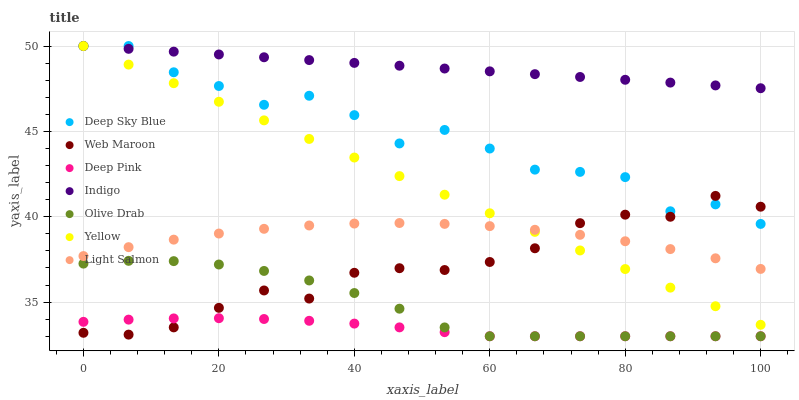
| xaxis_label | Deep Sky Blue | Web Maroon | Deep Pink | Indigo | Olive Drab | Yellow | Light Salmon |
 | --- | --- | --- | --- | --- | --- | --- | --- |
 | 0 | 50 | 33.2 | 33.8 | 50 | 37.3 | 50 | 37.7 |
 | 6.67 | 50 | 33.1 | 34 | 49.8 | 37.4 | 48.9 | 38.2 |
 | 13.3 | 48.5 | 33.5 | 34 | 49.7 | 37.4 | 47.8 | 38.7 |
 | 20 | 47.7 | 34.7 | 34.1 | 49.5 | 37.2 | 46.7 | 39 |
 | 26.7 | 46.6 | 35.7 | 34 | 49.3 | 36.8 | 45.6 | 39.3 |
 | 33.3 | 47.1 | 35.2 | 33.9 | 49.2 | 36.3 | 44.6 | 39.5 |
 | 40 | 46 | 36.7 | 33.7 | 49 | 35.5 | 43.5 | 39.6 |
 | 46.7 | 44.3 | 37 | 33.5 | 48.8 | 34.6 | 42.4 | 39.6 |
 | 53.3 | 45.1 | 36.9 | 33.2 | 48.7 | 33.5 | 41.3 | 39.6 |
 | 60 | 44 | 37.4 | 33 | 48.5 | 33 | 40.2 | 39.4 |
 | 66.7 | 42.8 | 38.2 | 33 | 48.4 | 33 | 39.1 | 39.2 |
 | 73.3 | 42.6 | 39.6 | 33 | 48.2 | 33 | 38 | 38.9 |
 | 80 | 42.3 | 40.1 | 33 | 48 | 33 | 36.9 | 38.6 |
 | 86.7 | 40.3 | 40 | 33 | 47.9 | 33 | 35.8 | 38.1 |
 | 93.3 | 40.7 | 41.2 | 33 | 47.7 | 33 | 34.8 | 37.6 |
 | 100 | 39.6 | 40.6 | 33 | 47.5 | 33 | 33.7 | 36.9 |